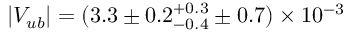
| V _ { u b } | = ( 3 . 3 \pm 0 . 2 _ { - 0 . 4 } ^ { + 0 . 3 } \pm 0 . 7 ) \times 1 0 ^ { - 3 }